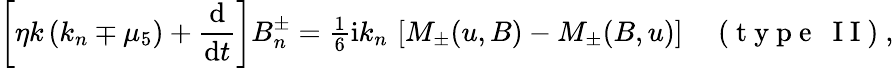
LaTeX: \left[\eta k\left(k_{n}\mp\mu_{5}\right)+\frac{\mathrm{d}{}}{\mathrm{d}{}t}\right]B_{n}^{\pm}={\textstyle{\frac{1}{6}}}\mathrm{i}k_{n}\, \left[M_{\pm}(u,B)-M_{\pm}(B,u)\right]\quad\mathrm{~(~t~y~p~e~~~I~I~)~},